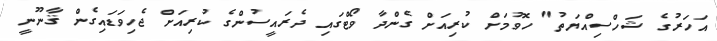
އަހަރުގެ ޝަހްސިއްޔަތު" ހޮވުމަށް ކުރިއަށް ގެންދާ ވޯޓްގައި ދެރައީސުންގެ ކުރިއަށް ޖެހިވަޑައިގެން ޤާނޫނީ